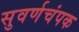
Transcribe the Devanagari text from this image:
सुवर्णचंपक